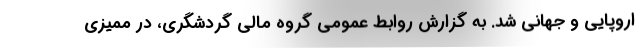
اروپایی و جهانی شد. به گزارش روابط عمومي گروه مالی گردشگری، در مميزي